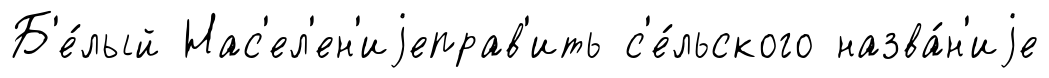
Б'е́лый Нас'ел'ен'иjеправ'ить с'е́льского назва́н'иjе